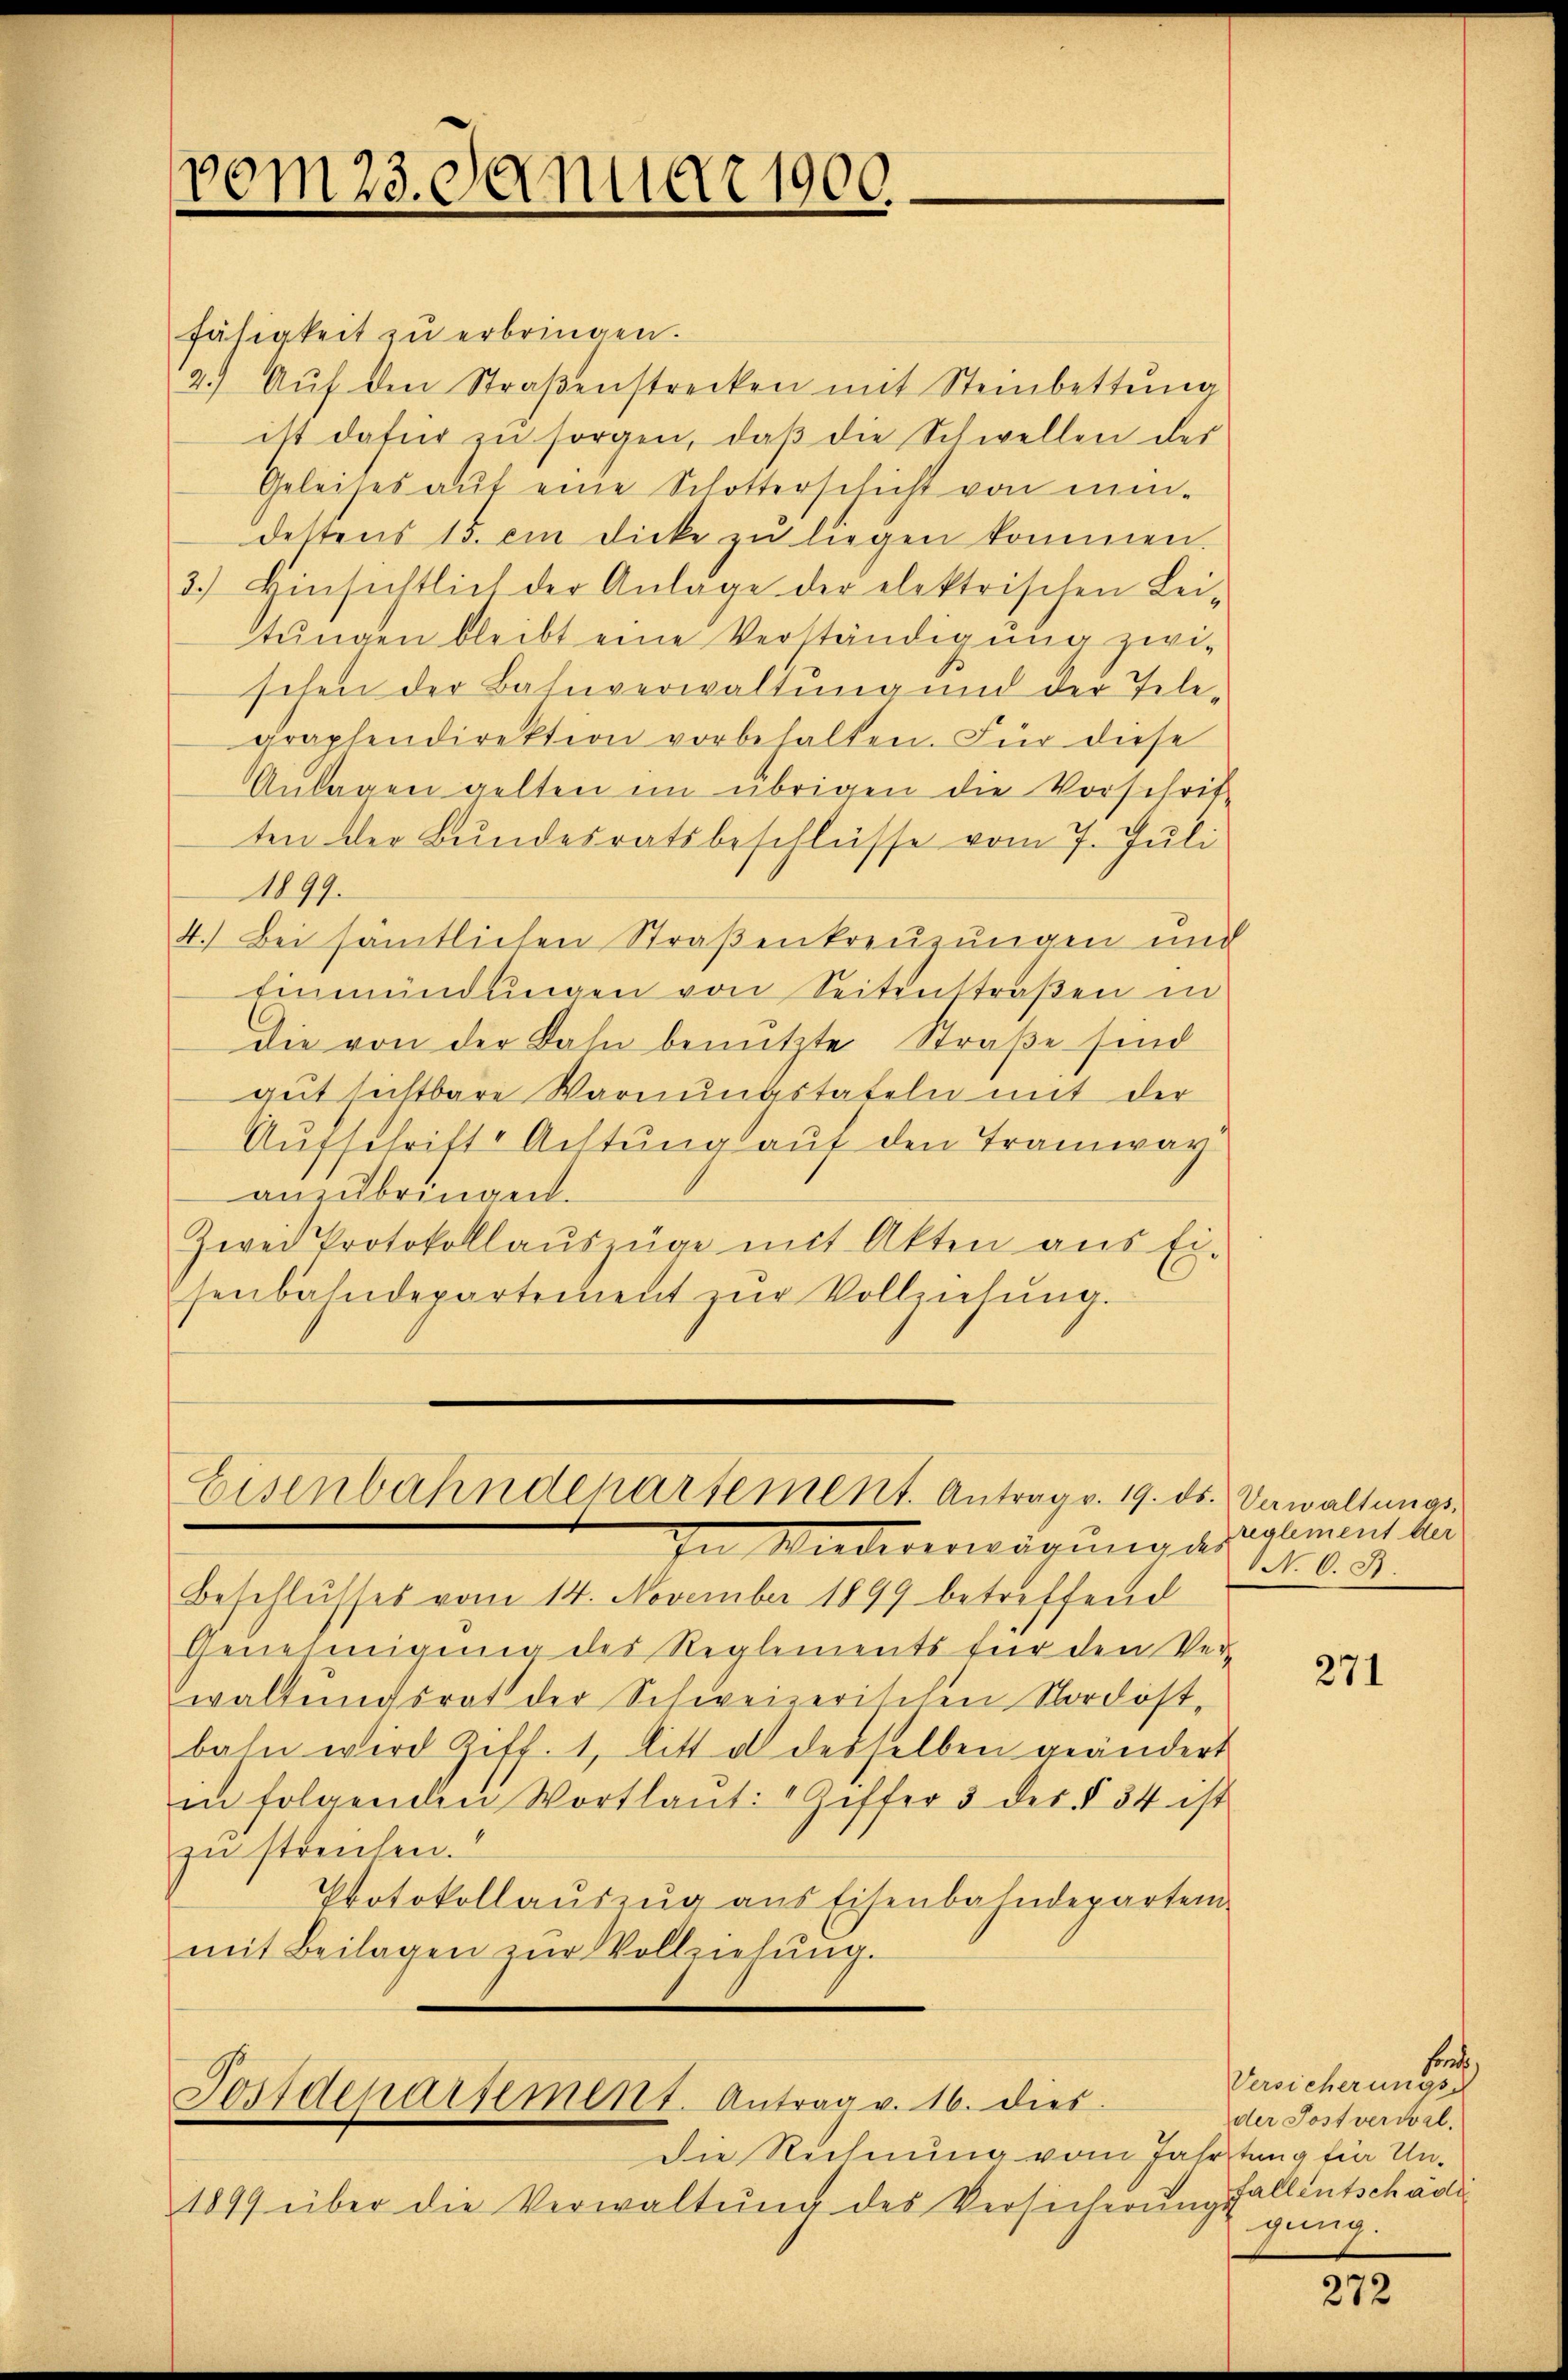
vom 23. Januar 1900

fähigkeit zu erbringen.
12. Aŭf den Straβenstrecken mit Steinbettŭng
ist dafür zu sorgen, daβ die Schwellen des
Geleises auf eine Schotterschicht von eindettens 15. ein dicke zŭ liegen kommen.
3.) Hinsichtlich der Anlage der elektrischen Lei-
tŭngen bleibt eine Verständigung zwi-
schen der Bahnverwaltung und der Tele-
graphendirektion vorbehalten. Für diese
Anlagen gelten im übrigen die Vorschrit-
ten der Bundesratsbeschlüsse vom 7. Juli
1099.
4.) Bei sämtlichen Straßenkreuzungen und
Einmündungen von Seitenstraßen in
die von der Bahn benutzte Straße sind
gut sichtbare Warnungstafeln mit der
Aufschrift Achtung auf den Tramwar
anzubringen.
Zwei Protokollauszuge mit Akten aus Ei-
senbahndepartement zŭr Vollziehŭng.

Eisenbahndepartement. Antrag v. 19. ds. Verwaltungs¬

Fossdepartement. Antrag v. 16. dies

die Rechnung vom Jahrstung fin Un¬
1899 über die Verwaltŭng des Versicherŭng.

In Niedererwägungen
Beschlusses vom 14. November 1899 betreffend
Genehmigung des Reglements für den Verwaltungsrat der Schweizerischen Nordostbahn wird Ziff. 1, litt a desselben geändert
in folgenden Wortlaut: " Ziffer 3 des § 54 ist
zu streichen.
Protokollauszug aus Eisenbahndepartem
mit Beilagen zŭr Vollziehŭng.

reglement der
N. O. S.

271

Fonte
Versicherungs
der Postverwal
fallentschäde
gung.

272